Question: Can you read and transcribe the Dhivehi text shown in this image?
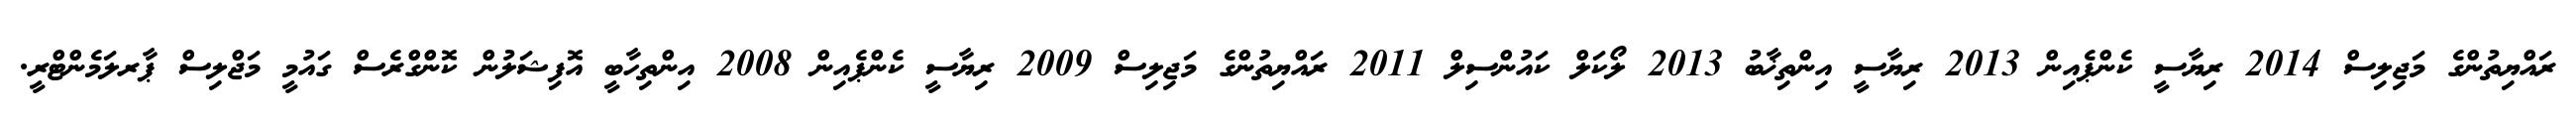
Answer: ރައްޔިތުންގެ މަޖިލިސް 2014 ރިޔާސީ ކެންޕެއިން 2013 ރިޔާސީ އިންތިޚާބު 2013 ލޯކަލް ކައުންސިލް 2011 ރައްޔިތުންގެ މަޖިލިސް 2009 ރިޔާސީ ކެންޕެއިން 2008 އިންތިހާބީ އޮފިޝަލުން ކޮންގްރެސް ގައުމީ މަޖްލިސް ޕާރލަމެންޓްރީ.